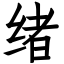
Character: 绪